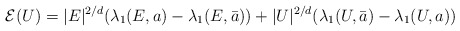
\begin{align*} \mathcal{E}(U) = |{E}|^{2/d}(\lambda_1({E},a) - \lambda_1({E},\bar{a}))+|U|^{2/d}(\lambda_1(U,\bar{a}) - \lambda_1(U,a))\end{align*}